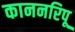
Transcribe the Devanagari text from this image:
काननरिपू